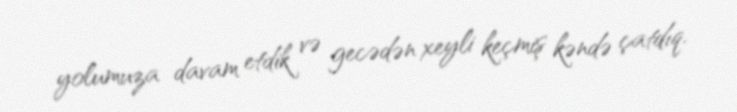
yolumuza davam etdik və gecədən xeyli keçmiş kəndə çatdıq.